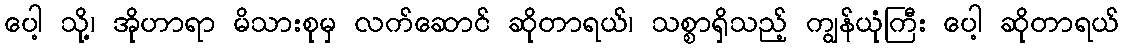
ပေါ့ သို့၊ အိုဟာရာ မိသားစုမှ လက်ဆောင် ဆိုတာရယ်၊ သစ္စာရှိသည့် ကျွန်ယုံကြီး ပေါ့ ဆိုတာရယ်